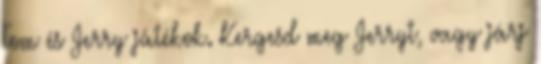
Tom és Jerry játékok. Kergesd meg Jerryt, vagy járj